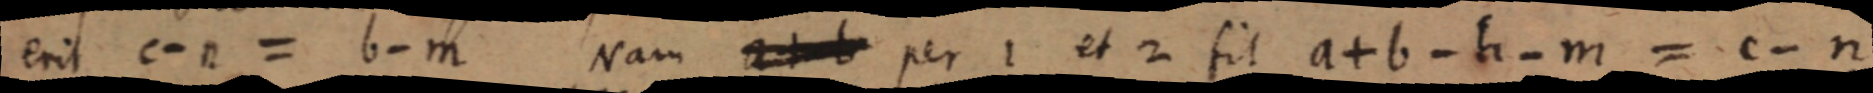
erit c - n = b - m Nam _ per 1 et 2 fit a + b - h - m = c - n